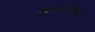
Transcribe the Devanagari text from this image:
किरदारोंवाली